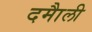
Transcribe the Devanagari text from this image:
दमाैली